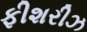
ફીશરીઝ